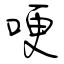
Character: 哽